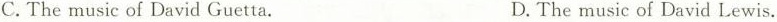
C.The music of David Guetta. D.The music of David Lewis.